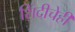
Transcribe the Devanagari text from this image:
शिंदीचेही